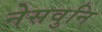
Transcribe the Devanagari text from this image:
नेसवुनि